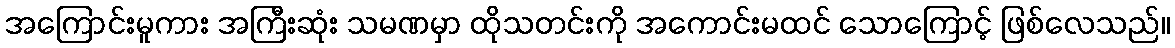
အကြောင်းမူကား အကြီးဆုံး သမဏမှာ ထိုသတင်းကို အကောင်းမထင် သောကြောင့် ဖြစ်လေသည်။